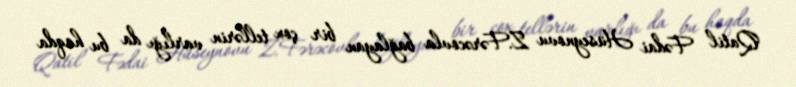
Qatil Fədai Hüseynovu Z.Fərəcovla bağlayan bir çox tellərin varlığı da bu haqda